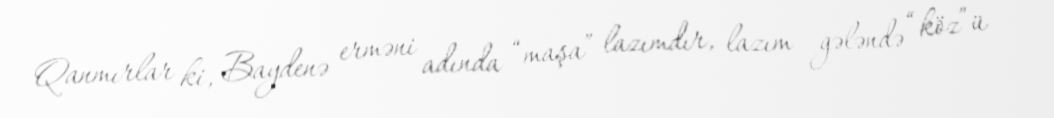
Qanmırlar ki, Baydenə erməni adında “maşa” lazımdır, lazım gələndə “köz”ü